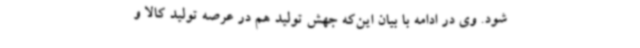
شود. وی در ادامه با بیان این‌که جهش تولید هم در عرصه تولید کالا و